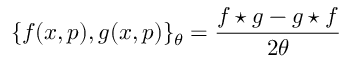
\{ f ( x , p ) , g ( x , p ) \} _ { \theta } = \frac { f \star g - g \star f } { 2 \theta }